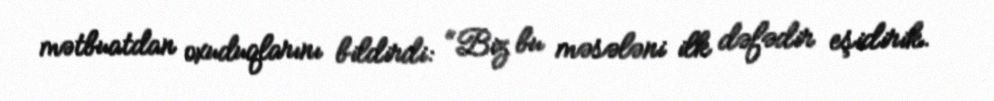
mətbuatdan oxuduqlarını bildirdi: “Biz bu məsələni ilk dəfədir eşidirik.